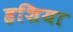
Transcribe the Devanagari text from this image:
हशिया